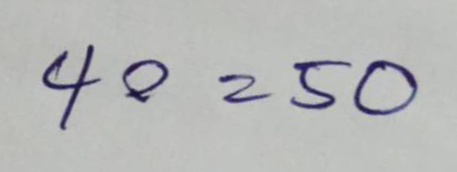
40 = 50